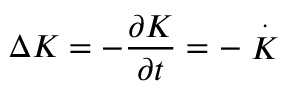
\Delta K = - \frac { \partial K } { \partial t } = - \stackrel { . } { K }